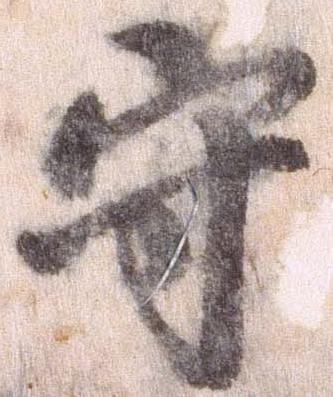
守